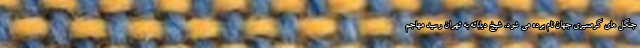
جنگل های گرمسیری جهان نام برده می شود. شیخ دیاباته به تهران رسید مهاجم